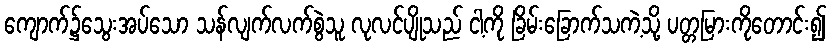
ကျောက်၌သွေးအပ်သော သန်လျက်လက်စွဲသူ လုလင်ပျိုသည် ငါ့ကို ခြိမ်းခြောက်သကဲ့သို့ ပတ္တမြားကိုတောင်း၍